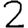
Digit: 2